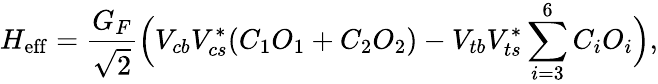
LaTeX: H_{\mathrm{eff}}=\frac{G_{F}}{\sqrt{2}}\Bigl(V_{cb}V_{cs}^{*}(C_{1}O_{1}+C_{2}O_{2})-V_{tb}V_{ts}^{*}\sum_{i=3}^{6}C_{i}O_{i}\Bigr),